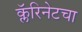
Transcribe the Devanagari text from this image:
क्लॅरिनेटचा